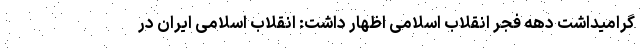
گرامیداشت دهه فجر انقلاب اسلامی اظهار داشت: انقلاب اسلامی ایران در